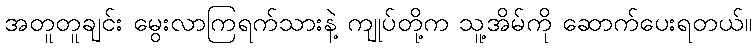
အတူတူချင်း မွေးလာကြရက်သားနဲ့ ကျုပ်တို့က သူ့အိမ်ကို ဆောက်ပေးရတယ်။